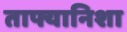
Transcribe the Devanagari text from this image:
ताफ्यानिशा